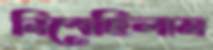
নিবেছিলাম